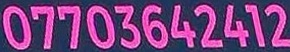
07703642412